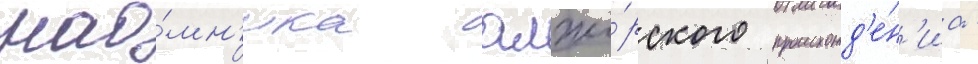
нао́мн'ика алжи́рского происхожд'е́н'иа -